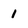
Character: 1